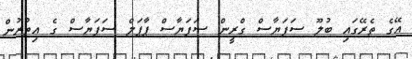
އޭގެ ތެރޭގައި ބުލޫ ސަފަޔާސް ގްރީން ސަފަޔާސް ޕާޕަލް ސަފަޔާސް ގެ އިތުރުން